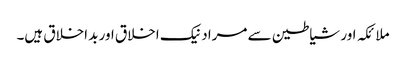
ملائکہ اور شیاطین سے مراد نیک اخلاق اور بد اخلاق ہیں۔